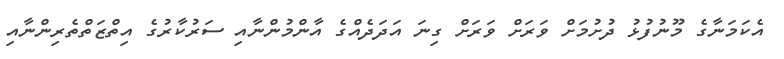
އެކަމަނާގެ މޫނުފުޅު ދުށުމަށް ވަރަށް ވަރަށް ގިނަ އަދަދެއްގެ އާންމުންނާއި ސަރުކާރުގެ އިތްޒަތްތެރިންނާއި